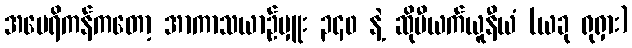
အမေရိကန်ကတော့ အာကာသယာဉ်မှူး ၃၄၀ နဲ့ ဆိုဗီယက်ယူနီယံ (ယခု ရုရှား)